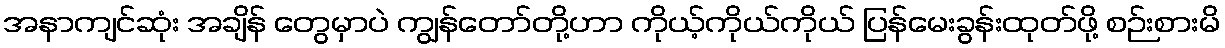
အနာကျင်ဆုံး အချိန် တွေမှာပဲ ကျွန်တော်တို့ဟာ ကိုယ့်ကိုယ်ကိုယ် ပြန်မေးခွန်းထုတ်ဖို့ စဉ်းစားမိ